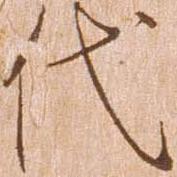
代